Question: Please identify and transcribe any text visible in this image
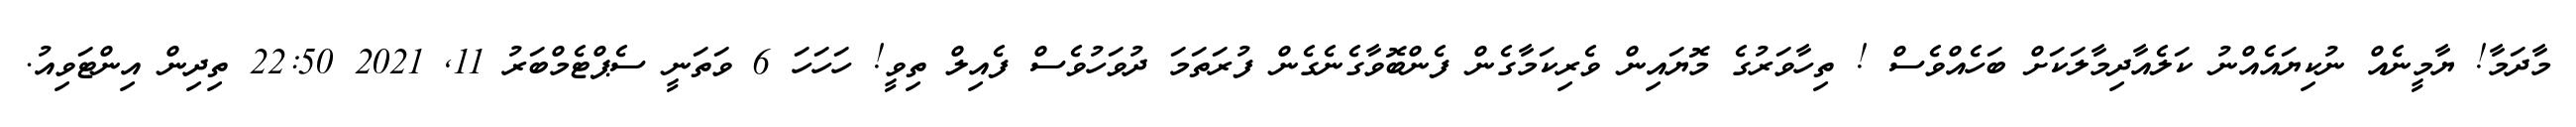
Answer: މާދަމާ! ޔާމީނެއް ނުކިޔައެއްނު ކަލެއާދިމާލަކަށް ބަހެއްވެސް ! ތިހާވަރުގެ މޮޔައިން ވެރިކަމާގެން ފެންބޮވާގެނެގެން ފުރަތަމަ ދުވަހުވެސް ފެއިލް ތިވީ! ހަހަހަ 6 ވަތަނީ ސެޕްޓެމްބަރު 11, 2021 22:50 ތިދިން އިންޓަވިއު.